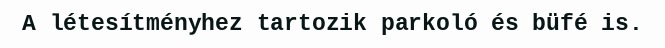
A létesítményhez tartozik parkoló és büfé is.